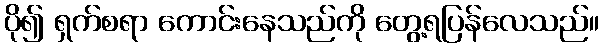
ပို၍ ရှက်စရာ ကောင်းနေသည်ကို တွေ့ရပြန်လေသည်။